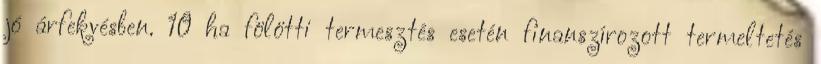
jó árfekvésben. 10 ha fölötti termesztés esetén finanszírozott termeltetés